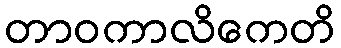
တာဝကာလိကေတိ